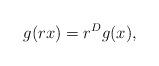
LaTeX: \begin{align*} g(rx) = r^Dg(x),\end{align*}